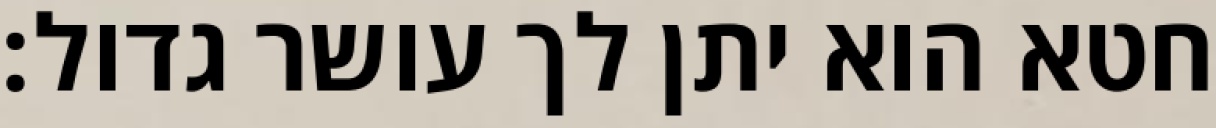
חטא הוא יתן לך עושר גדול: